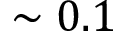
\sim 0 . 1